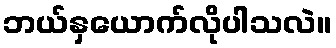
ဘယ်နှယောက်လိုပါသလဲ။